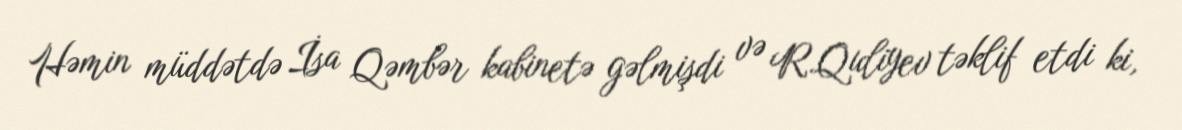
Həmin müddətdə İsa Qəmbər kabinetə gəlmişdi və R.Quliyev təklif etdi ki,